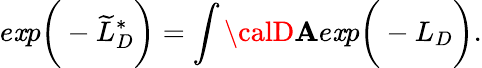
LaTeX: e\mathit{x}p\bigg(-\widetilde{{L}}_{D}^{*}\bigg)=\int{\calD}{\mathbf{A}}e\mathit{x}p\bigg(-L_{D}\bigg).